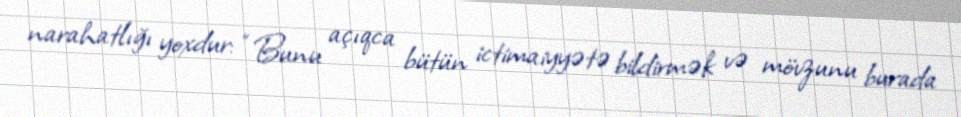
narahatlığı yoxdur: “Bunu açıqca bütün ictimaiyyətə bildirmək və mövzunu burada